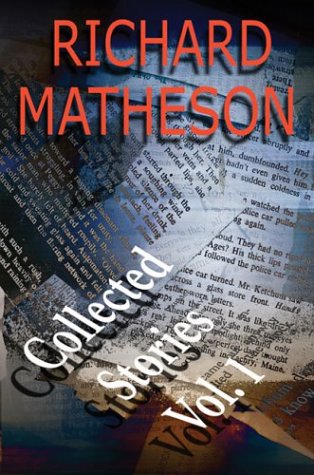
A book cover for Richard Matheson: Collected Stories, Vol. 1; Richard Matheson; Romance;